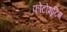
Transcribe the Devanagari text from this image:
फोटोशूटिंग